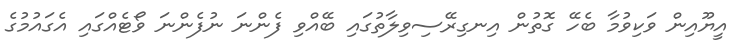
އީޔޫއިން ވަކިވުމާ ބެހޭ ގޮތުން އިނގިރޭސިވިލާތުގައި ބޭއްވި ފެންނަ ނުފެންނަ ވޯޓެއްގައި އެގައުމުގެ